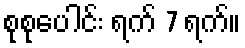
စုစုပေါင်း ရက် 7 ရက်။